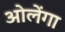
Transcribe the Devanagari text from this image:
ओलेंगा